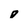
Character: o